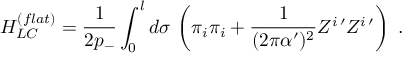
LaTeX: H _ { L C } ^ { ( f l a t ) } = \frac { 1 } { 2 p _ { - } } \int _ { 0 } ^ { l } d \sigma \, \left( \pi _ { i } \pi _ { i } + \frac { 1 } { ( 2 \pi \alpha ^ { \prime } ) ^ { 2 } } Z ^ { i \, \prime } Z ^ { i \, \prime } \right) \ .